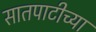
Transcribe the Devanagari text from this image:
सातपाटीच्या